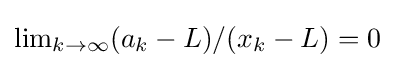
{\textstyle \lim _{k\rightarrow \infty }(a_{k}-L)/(x_{k}-L)=0}